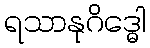
ရသာနုဂိဒ္ဓေါ